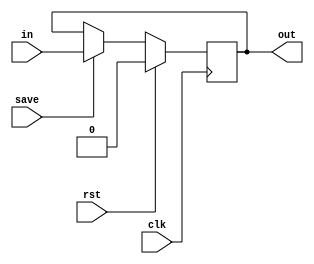
module TC_BitMemory (clk, rst, save, in, out);
    parameter UUID = 0;
    parameter NAME = "";
    input clk;
    input rst;
    input save;
    input [0:0] in;
    output reg [0:0] out;

    initial begin
        out = 1'b0;
    end
    
    always @ (posedge clk) begin
        if (rst)
            out <= 1'b0;
        else if (save)
            out <= in;
    end
endmodule